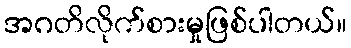
အဂတိလိုက်စားမှုဖြစ်ပါတယ်။